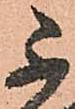
不